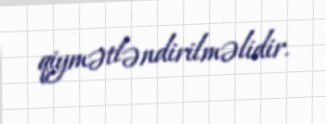
qiymətləndirilməlidir.